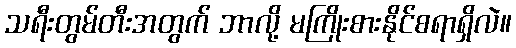
သရီးတွမ်တီးအတွက် ဘာလို့ မကြိုးစားနိုင်စရာရှိလဲ။